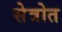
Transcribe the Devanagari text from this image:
सेत्रोत